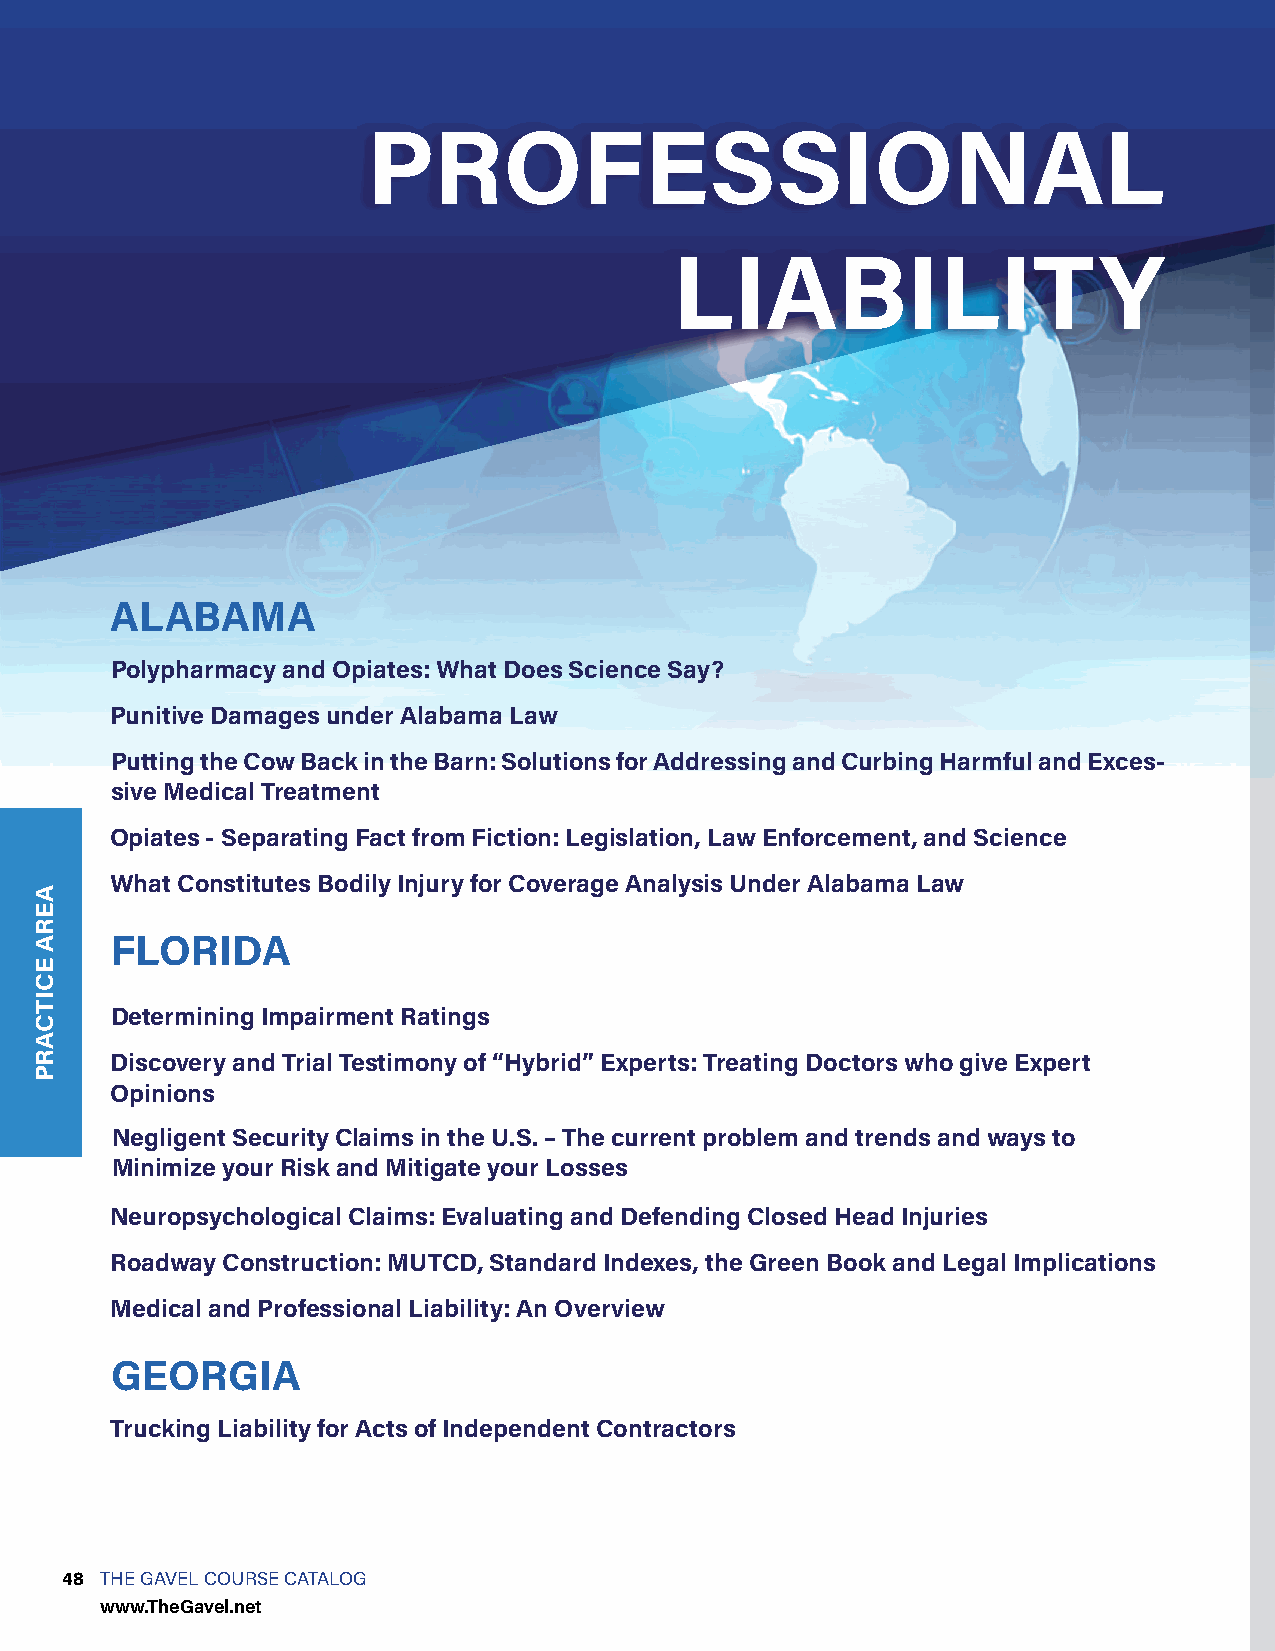
PROFESSIONAL
 LIABILITY
 ALABAMA
 Polypharmacy and Opiates: What Does Science Say?
 Punitive Damages under Alabama Law
 Putting the Cow Back in the Barn: Solutions for Addressing and Curbing Harmful and Exces-
 sive Medical Treatment
 Opiates - Separating Fact from Fiction: Legislation, Law Enforcement, and Science
 What Constitutes Bodily Injury for Coverage Analysis Under Alabama Law
 FLORIDA
 Determining Impairment Ratings
 Discovery and Trial Testimony of “Hybrid” Experts: Treating Doctors who give Expert
 Opinions
 Negligent Security Claims in the U.S. – The current problem and trends and ways to
 Minimize your Risk and Mitigate your Losses
 Neuropsychological Claims: Evaluating and Defending Closed Head Injuries
 Roadway Construction: MUTCD, Standard Indexes, the Green Book and Legal Implications
 Medical and Professional Liability: An Overview
 GEORGIA
 Trucking Liability for Acts of Independent Contractors
 48 THE GAVEL COURSE CATALOG
 www.TheGavel.net
 AERA
 ECITCARP